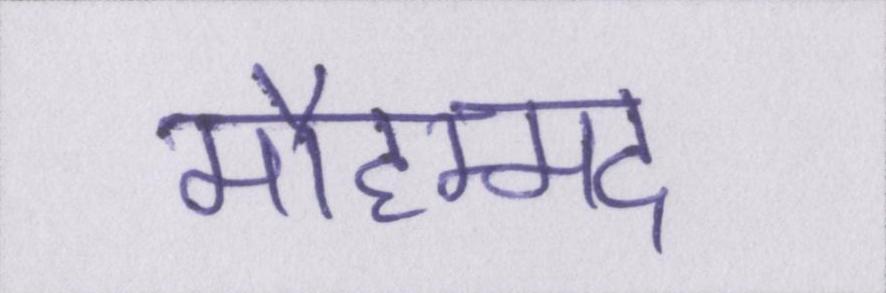
मौहम्मद